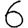
Digit: 6